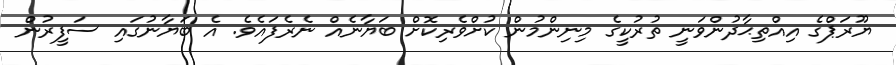
ޔޫރަޕްގެ އިއްތިޙާދުންވަނީ ތުރުކީގެ މިނިންމުން ކުށްވެރިކޮށް ބަޔާނެއް ނެރެފައެވެ. އެ ބަޔާނުގައި ސަފީރުން